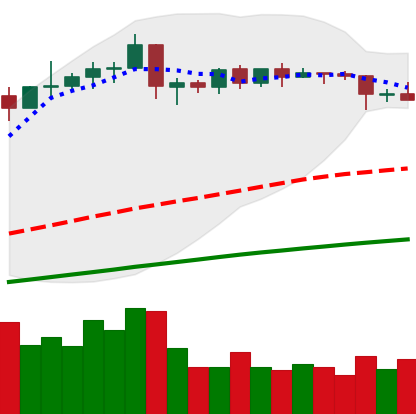
Ticker: EOS-USD
Chart end date: 2019-04-23
Forward return: -8.849%
Label: down_7plus